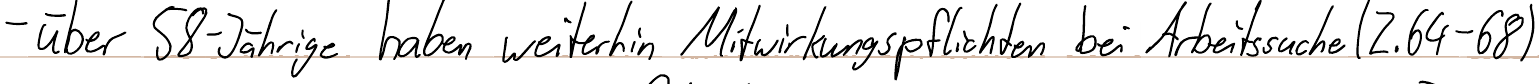
- über 58-Jährige haben weiterhin Mitwirkungspflichten bei Arbeitssuche (Z.64-68)